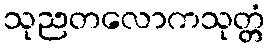
သုညတလောကသုတ္တံ